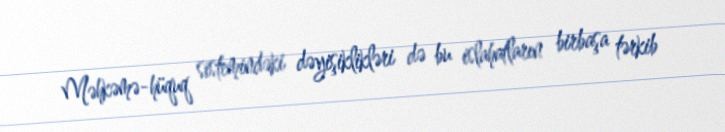
Məhkəmə-hüquq sistemindəki dəyişiklikləri də bu islahatların birbaşa tərkib